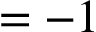
= - 1